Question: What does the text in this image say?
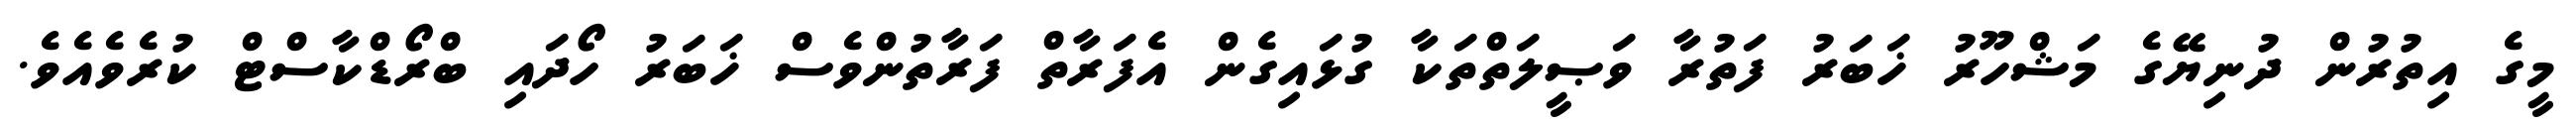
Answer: މީގެ އިތުރުން ދުނިޔޭގެ މަޝްހޫރު ޚަބަރު ފަތުރާ ވަޞީލަތްތަކާ ގުޅައިގެން އެފަރާތް ފަރާތުންވެސް ޚަބަރު ހޯދައި ބްރޯޑްކާސްޓް ކުރެވެއެވެ.